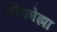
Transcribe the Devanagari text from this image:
थोकोझा